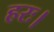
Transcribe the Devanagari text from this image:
हरः।